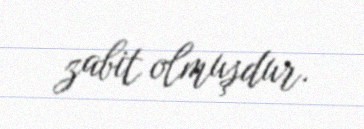
zabit olmuşdur.